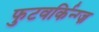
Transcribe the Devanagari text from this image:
फुटवर्किन्ग्ज़